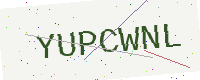
Text: YUPCWNL